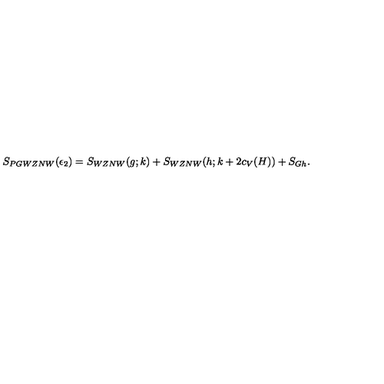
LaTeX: S _ { P G W Z N W } ( \epsilon _ { 2 } ) = S _ { W Z N W } ( g ; k ) + S _ { W Z N W } ( h ; k + 2 c _ { V } ( H ) ) + S _ { G h } .